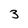
Character: 3